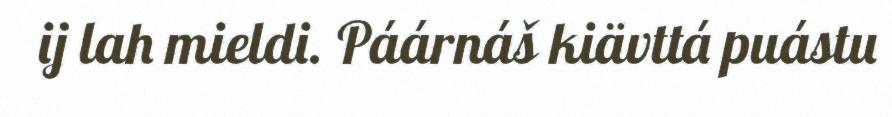
ij lah mieldi. Páárnáš kiävttá puástu